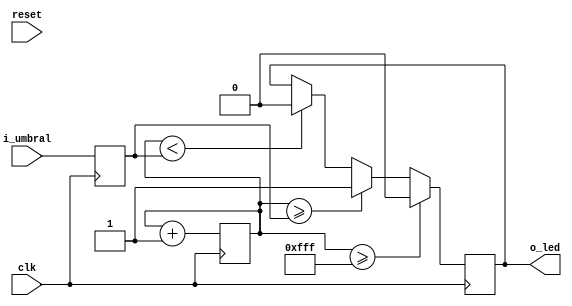
`timescale 1ns / 1ps
//////////////////////////////////////////////////////////////////////////////////
// Company: 
// Engineer: 
// 
// Design Name: 
// Module Name:    ocho 
// Project Name: 
// Target Devices: 
// Tool versions: 
// Description: 
/*
8.	Describa en Verilog un circuito para un contador de mdulo 12.
 Se deber permitir cargar un valor umbral, con una
 resolucin <= a 12 bits utilizando los switches dispuestos en la placa
 de desarrollo BASYS 2. Cuando el contador alcance (o supere)
 dicho umbral deber encender un led (de los disponibles en el kit de 
 desarrollo) que indique dicho evento. Al alcanzar su valor de cuenta
 mxima se deber apagar dicho LED.
*/
// Dependencies: 
//
// Revision: 
// Revision 0.01 - File Created
// Additional Comments: 
//
//////////////////////////////////////////////////////////////////////////////////
module ocho
	# (parameter N_BITS = 12, parameter CUENTA_MAX = 4096)
	(
	input [N_BITS-1:0] i_umbral,
	input reset, clk,
	output reg o_led
    );
	
	reg [N_BITS-1:0] umbral;
	reg [N_BITS-1:0] contador;
	
	initial
	begin
		umbral = 0;
		contador = 0;
	end
	
	always @ (posedge clk)
	begin
		if (reset)
		begin
			contador <= {N_BITS{1'b0}};
		end
		
		umbral <= i_umbral;
			contador <= contador +1;
			if (contador < umbral)
				o_led <= 0;
			if (contador >= umbral)
				o_led <= 1;
			if (contador >= CUENTA_MAX-1)
				o_led <= 0;
	end

endmodule